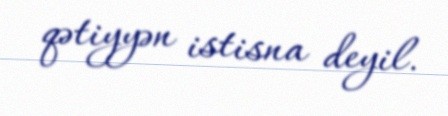
qətiyyən istisna deyil.